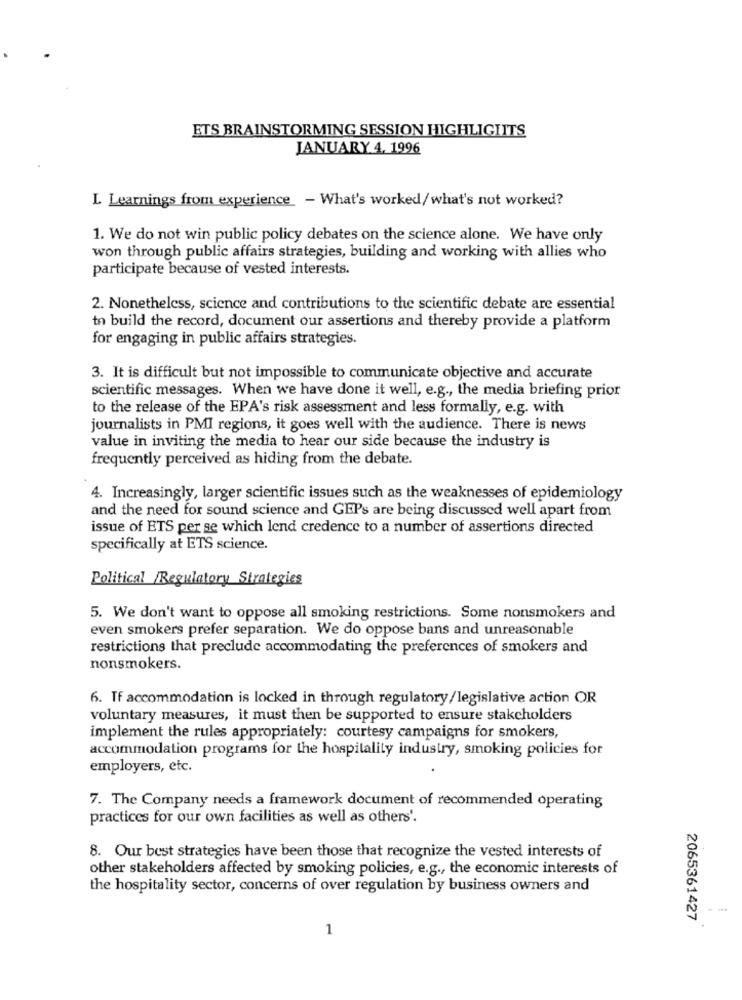
ETS BRAINSTORMING SESSION HIGHLIGIITS
JANUARY 4, 1996
L Learnings from experience - What's worked/what's not worked?
1. We do not win public policy debates on the science alone. We have only
won through public affairs strategies, building and working with allies who
participate because of vested interests.
2. Nonetheless, science and contributions to the scientific debate are essential
to build the record, document our assertions and thereby provide a platform
for engaging in public affairs strategies.
3. It is difficult but not impossible to communicate objective and accurate
scientific messages. When we have done it well, e.g ., the media briefing prior
to the release of the EPA's risk assessment and less formally, e.g. with
journalists in PMI regions, it goes well with the audience. There is news
value in inviting the media to hear our side because the industry is
frequently perceived as hiding from the debate.
4. Increasingly, larger scientific issues such as the weaknesses of epidemiology
and the need for sound science and GEPs are being discussed well apart from
issue of ETS per se which lend credence to a number of assertions directed
specifically at ETS science.
Political /Regulatory Strategies
5. We don't want to oppose all smoking restrictions. Some nonsmokers and
even smokers prefer separation. We do oppose bans and unreasonable
restrictions that preclude accommodating the preferences of smokers and
nonsmokers.
6. If accommodation is locked in through regulatory/legislative action OR
voluntary measures, it must then be supported to ensure stakeholders
implement the rules appropriately: courtesy campaigns for smokers,
accommodation programs for the hospitality industry, smoking policies for
employers, etc.
7. The Company needs a framework document of recommended operating
practices for our own facilities as well as others'.
8. Our best strategies have been those that recognize the vested interests of
other stakeholders affected by smoking policies, e.g ., the economic interests of
the hospitality sector, concerns of over regulation by business owners and
2065361427
1